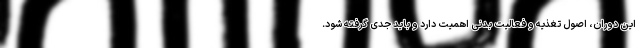
این دوران، اصول تغذیه و فعالیت بدنی اهمیت دارد و باید جدی گرفته شود.